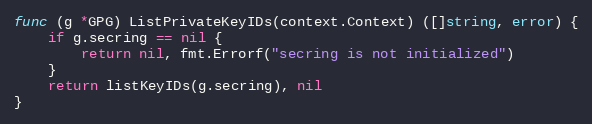
Language: Go
func (g *GPG) ListPrivateKeyIDs(context.Context) ([]string, error) {
	if g.secring == nil {
		return nil, fmt.Errorf("secring is not initialized")
	}
	return listKeyIDs(g.secring), nil
}